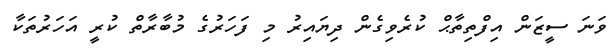
ވަނަ ސީޒަން އިފްތިތާޙް ކުރެވިގެން ދިޔައިރު މި ފަހަރުގެ މުބާރާތް ކުރީ އަހަރުތަކާ